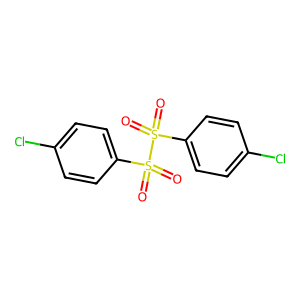
SMILES: O=S(=O)(c1ccc(Cl)cc1)S(=O)(=O)c1ccc(Cl)cc1
Inhibits HIV replication: No